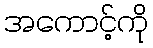
အကောင့်ကို